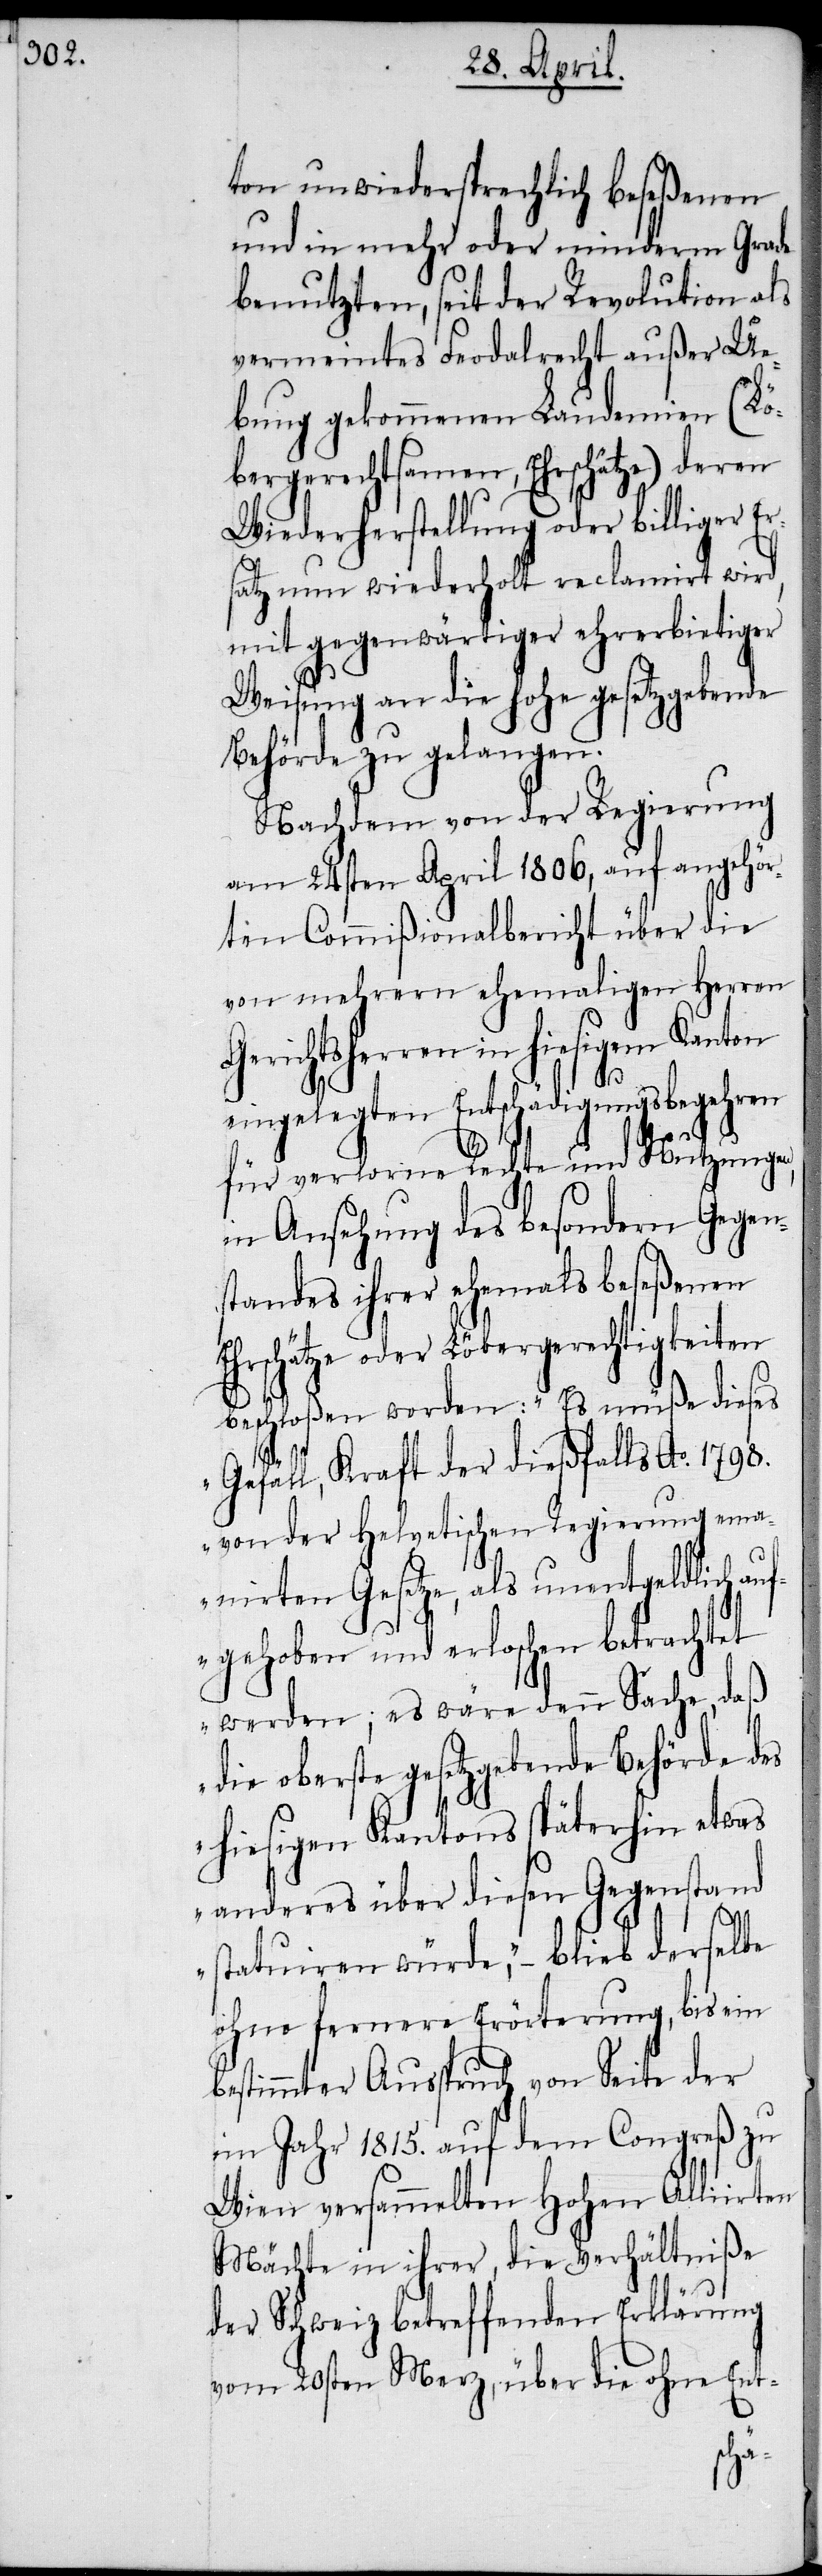
ton unwiedersprechlich beseßenen
und in mehr oder minderm Grade
benutzten, seit der Revolution als
vermeintes Feodalrecht außer Ue¬
bung gekommenen Laudemien (Lö¬
bergerechtsamen, Ehrschätze) deren
Wiederherstellung oder billiger Er¬
satz nun wiederholt reclamirt wird,
mit gegenwärtiger ehrerbietiger
Weisung an die hohe gesetzgebende
Behörde zu gelangen.
Nachdem von der Regierung
am 24sten April 1806, auf angehör¬
ten Commißionalbericht über die
von mehrern ehemaligen Herren
Gerichtsherren in hiesigem
eingelegten Entschädigungsbegehren
für verlorne Rechte und Nutzungen,
in Ansehung des besondern Gegen¬
standes ihrer ehemals beseßenen
hrschätze oder Löbergerechtigkeiten
beschloßen worden: „Es müße dieses
Gefäll, Kraft der dießfalls Ao. 1798.
von der Helvetischen Regierung ema¬
nirten Gesetze, als unentgeldlich au¬
fgehoben und erloschen betrachtet
werden; es wäre denn Sache, daß
oberste gesetzgebende Behörde des
hiesigen Kantons späterhin etwas
anderes über diesen Gegenstand
statuiren würde“, − blieb derselbe
ohne fernere Erörterung, bis ein
bestimmter Ausspruch von Seite der
im Jahr 1815. auf dem Congreß zu
Wien versammelten Hohen Alliirten
Mächte in ihrer, die Verhältniße
der Schweiz betreffenden Erklärung
vom 20sten Merz, über die ohne Ent-
E¬